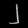
Digit: ၂